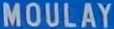
MOULAY